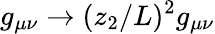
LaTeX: g_{\mu\nu}\to(z_{2}/L)^{2}g_{\mu\nu}